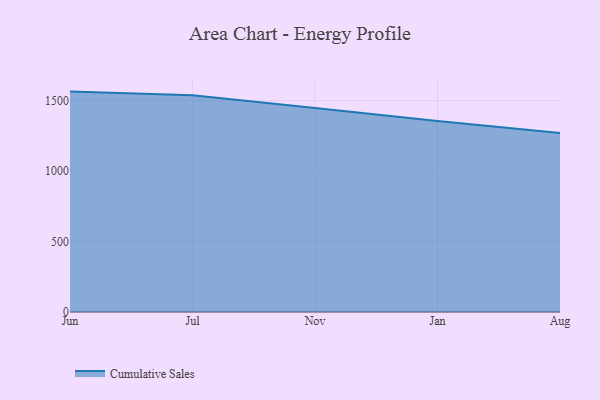
{"axis": {"x": "Month", "y": "Satisfaction Score"}, "legend": ["Cumulative Sales"], "data": [{"x": "Jun", "y": 1564.7, "type": "Cumulative Sales"}, {"x": "Jul", "y": 1538.3, "type": "Cumulative Sales"}, {"x": "Nov", "y": 1448.4, "type": "Cumulative Sales"}, {"x": "Jan", "y": 1355.7, "type": "Cumulative Sales"}, {"x": "Aug", "y": 1270.9, "type": "Cumulative Sales"}]}